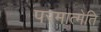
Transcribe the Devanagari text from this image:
परमात्मेति